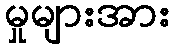
မှုများအား